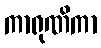
ကာရုဏိကာ